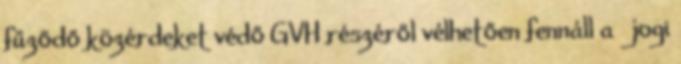
fűződő közérdeket védő GVH részéről vélhetően fennáll a jogi